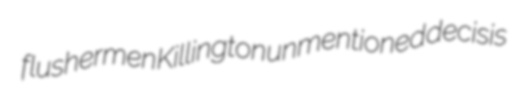
flushermen Killington unmentioned decisis